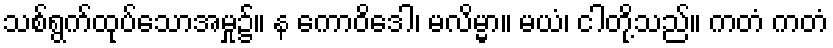
သစ်ရွက်ထုပ်သောအမှု၌။ န ကောဝိဒေါ၊ မလိမ္မာ။ မယံ၊ ငါတို့သည်။ ကတံ ကတံ